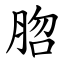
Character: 脗